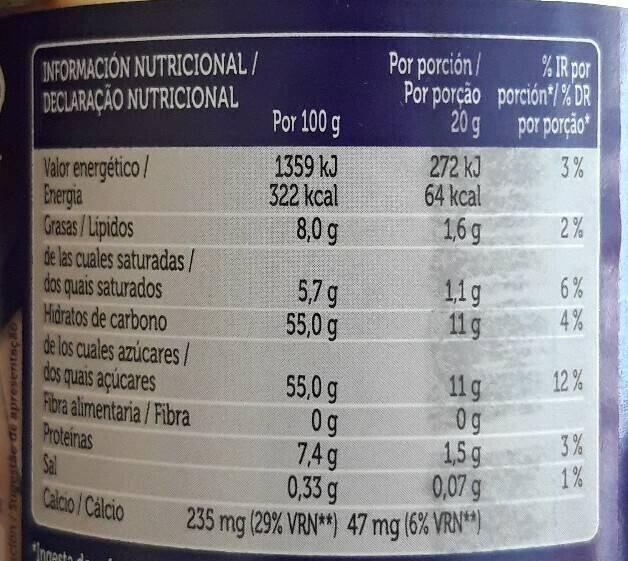
ación/Sugestãe de apresentação
INFORMACIÓN NUTRICIONAL/ DECLARAÇÃO NUTRICIONAL
Valor energético/
Energia Grasas/Lipidos
de las cuales saturadas/ dos quais saturados
Hidratos de carbono
de los cuales azúcares/ dos quais açúcares
Fibra alimentaria/Fibra
Proteinas Sal
Calcio/Calcio
"Incesto
Por 100 g
1359 kJ
322 kcal
8,0 g
5,7 g
55,0 g
Por porción/ Por porção
20 g
55,0 g
Og 7,4g
272 kJ
64 kcal
1,6 g
1,1g
11 g
11 g
Og
1,5 g
0,33 g
0,07 g
235 mg (29% VRN**) 47 mg (6% VRN**)
% IR por porción*/% DR
por porção
3%
2%
6%
4%
12%
3%
1%